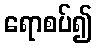
ရောစပ်၍